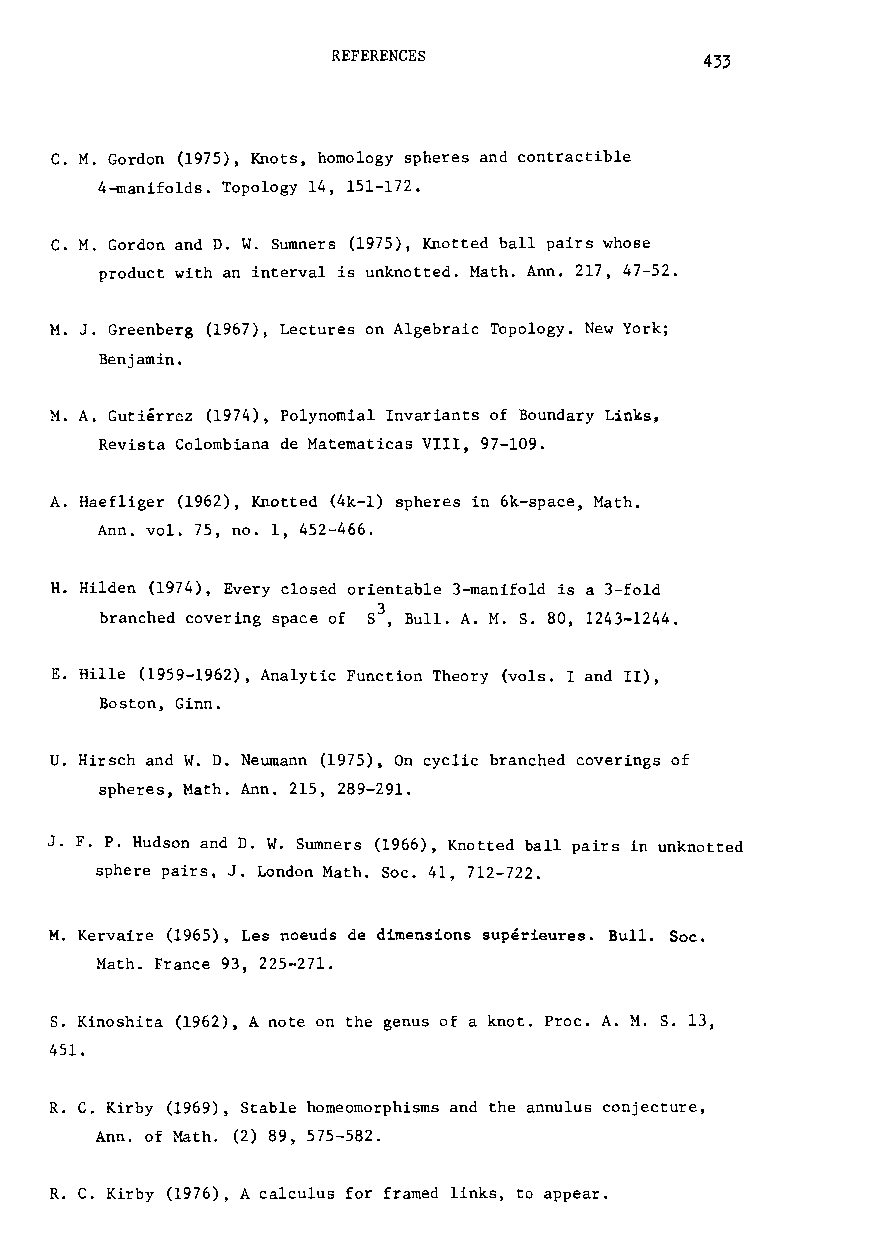
REFERENCES
 433
 c. M. Gordon (1975), Knots, homology spheres and contractible
 4~anifolds. Topology 14, 151-172.
 C. M. Gordon and D. W. Sumners (1975), Knotted ball pairs whose
 product with an interval is unknotted. Math. Ann. 217, 47-52.
 M. J. Greenberg (1967), Lectures on Algebraic Topology. New York;
 Benjamin.
 M. A. Gutierrez (1974), Polynomial Invariants of Boundary Links,
 Revista Colombiana de Matematicas VIII, 97-109.
 A. Haefliger (1962), Knotted (4k-l) spheres in 6k-space, Math.
 Ann. vol. 75, no. 1, 452-466.
 H. Hilden (1974), Every closed orientable 3-manifold is a 3-fold
 branched covering space of s3, Bull. A. M. S. 80, 1243-1244.
 E. Hille (1959-1962), Analytic Function Theory (vols. I and II),
 Boston, Ginn.
 u. Hirsch and W. D. Neumann (1975), On cyclic branched coverings of
 spheres, Math. Ann. 215, 289-291.
 J. F. P. Hudson and D. W. Sumners (1966), Knotted ball pairs in unknotted
 sphere pairs, J. London Math. Soc. 41, 712-722.
 M. Kervaire (1965), Les noeuds de dimensions superieures. Bull. Soc.
 Math. France 93, 225-271.
 s. Kinoshita (1962), A note on the genus of a knot. Proc. A. M. S. 13,
 451.
 R. C. Kirby (1969), Stable homeomorphisms and the annulus conjecture,
 Ann. of Math. (2) 89, 575-582.
 R. C. Kirby (1976), A calculus for framed links, to appear.